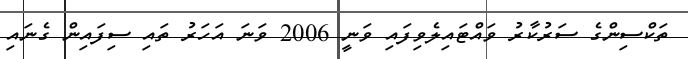
ތަކްސިންގެ ސަރުކާރު ވައްޓައިލެވިފައި ވަނީ 2006 ވަނަ އަހަރު ތައި ސިފައިން ގެނައި